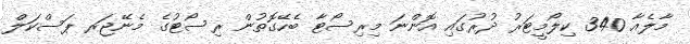
މާލެއާ 340 ކިލޯމީޓަރު ދުރުގައި އޮންނަ މިރިސޯޓާ ބެހޭގޮތުން ރިސޯޓުގެ މެނޭޖަރ ޕަސްކަލް